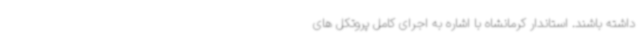
داشته باشند. استاندار کرمانشاه با اشاره به اجرای کامل پروتکل های